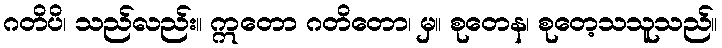
ဂတိပိ၊ သည်လည်း။ ဣတော ဂတိတော၊ မှ။ စုတေန၊ စုတေ့သသူသည်။